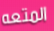
المتعه